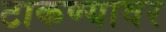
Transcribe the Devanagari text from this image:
टाकण्यावर